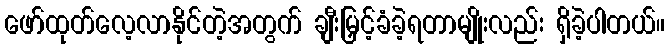
ဖော်ထုတ်လေ့လာနိုင်တဲ့အတွက် ချီးမြှင့်ခံခဲ့ရတာမျိုးလည်း ရှိခဲ့ပါတယ်။